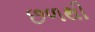
છળથી